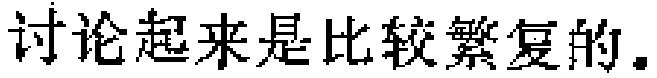
讨论起来是比较繁复的。